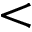
<